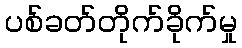
ပစ်ခတ်တိုက်ခိုက်မှု